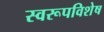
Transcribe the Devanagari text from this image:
स्वरूपविशेष